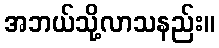
အဘယ်သို့လာသနည်း။